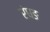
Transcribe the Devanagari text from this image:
रंघङ